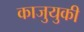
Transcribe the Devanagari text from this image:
काजुयुकी